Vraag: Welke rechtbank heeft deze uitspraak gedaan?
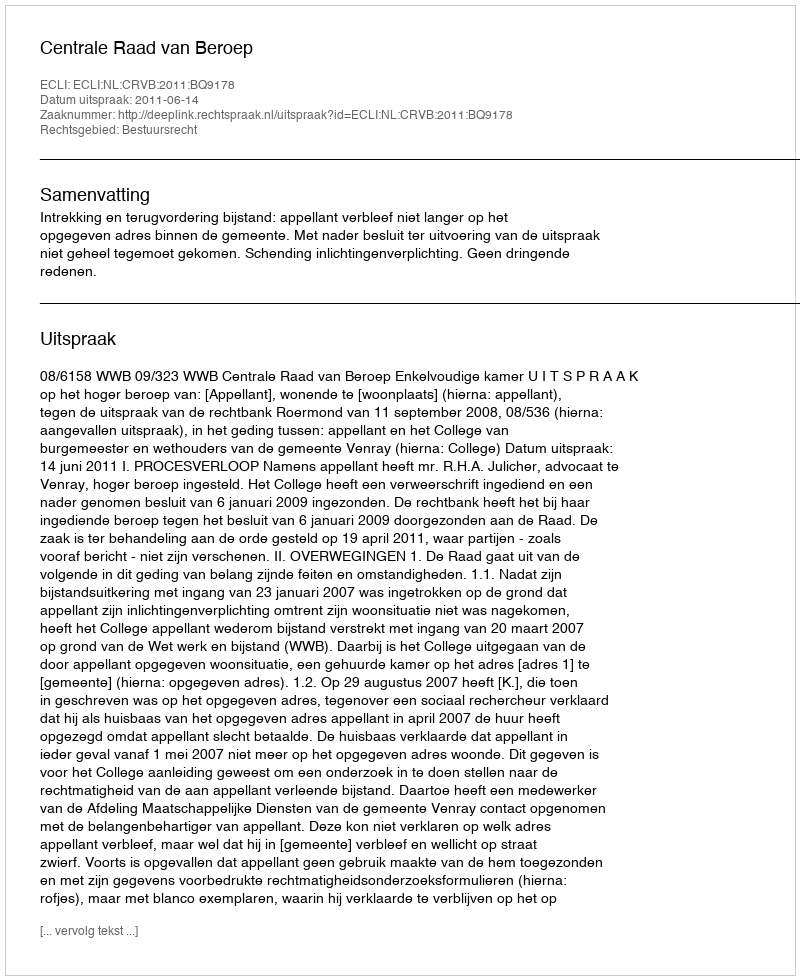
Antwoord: Centrale Raad van Beroep